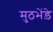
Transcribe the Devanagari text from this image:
मुठभेंड़े